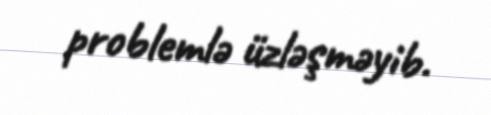
problemlə üzləşməyib.